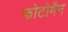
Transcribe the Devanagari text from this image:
फोटोमैन